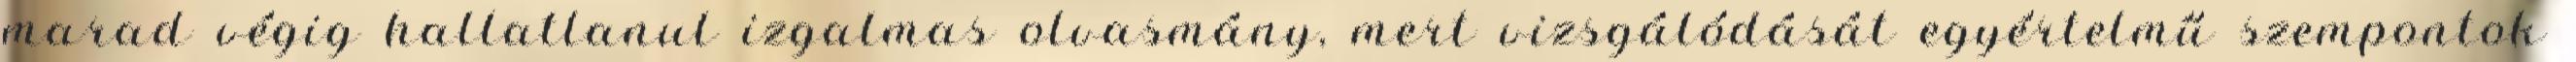
marad végig hallatlanul izgalmas olvasmány, mert vizsgálódását egyértelmű szempontok